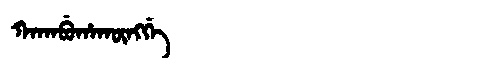
Manchu: ᡴᠠᡴᠠᠪᡠᡥᠠᡴᡡᠩᡤᡝ
Romanization: KAKABUHAKŪNGGE